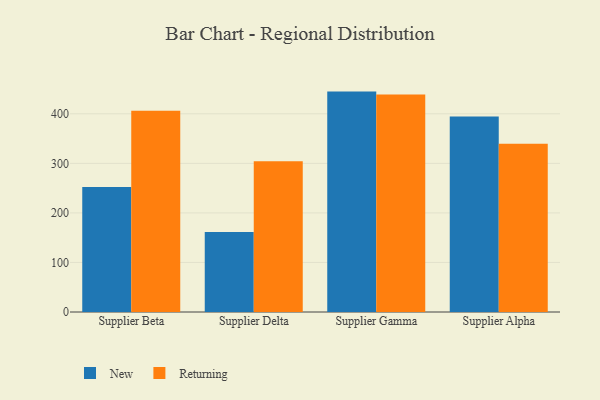
{"axis": {"x": "Supplier", "y": "Demand Index"}, "legend": ["New", "Returning"], "data": [{"x": "Supplier Beta", "y": 252.1, "type": "New"}, {"x": "Supplier Beta", "y": 406.2, "type": "Returning"}, {"x": "Supplier Delta", "y": 161.4, "type": "New"}, {"x": "Supplier Delta", "y": 304.1, "type": "Returning"}, {"x": "Supplier Gamma", "y": 444.8, "type": "New"}, {"x": "Supplier Gamma", "y": 438.7, "type": "Returning"}, {"x": "Supplier Alpha", "y": 394.7, "type": "New"}, {"x": "Supplier Alpha", "y": 339.5, "type": "Returning"}]}